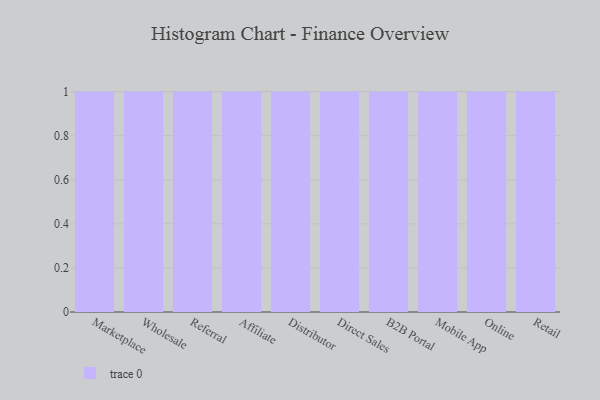
{"axis": {"x": "Channel", "y": "Latency (ms)"}, "legend": [""], "data": [{"x": "Marketplace", "y": 42, "type": ""}, {"x": "Wholesale", "y": 75, "type": ""}, {"x": "Referral", "y": 31, "type": ""}, {"x": "Affiliate", "y": 50, "type": ""}, {"x": "Distributor", "y": 25, "type": ""}, {"x": "Direct Sales", "y": 50, "type": ""}, {"x": "B2B Portal", "y": 72, "type": ""}, {"x": "Mobile App", "y": 74, "type": ""}, {"x": "Online", "y": 23, "type": ""}, {"x": "Retail", "y": 27, "type": ""}]}